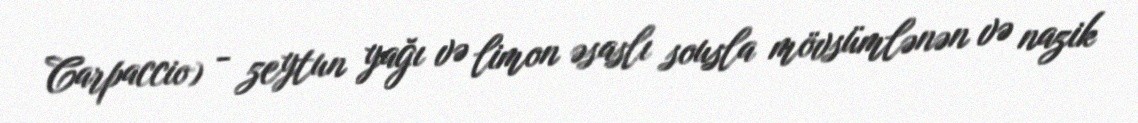
Carpaccio) - zeytun yağı və limon əsaslı sousla mövsümlənən və nazik